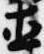
直